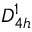
D _ { 4 h } ^ { 1 }